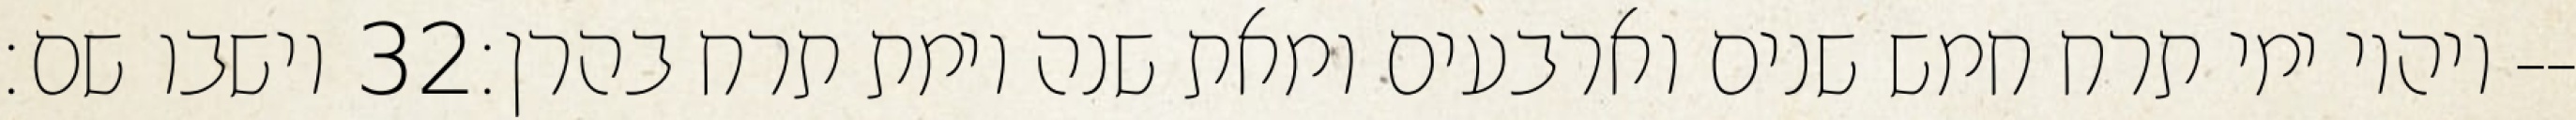
וישבו שם׃ ‎32‏ ויהיו ימי תרח חמש שנים וארבעים ומאת שנה וימת תרח בהרן׃--